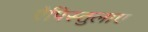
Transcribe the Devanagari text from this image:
ऐपिस्तुलाए